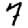
Digit: 7